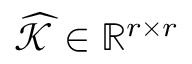
\widehat { \mathcal { K } } \in \mathbb { R } ^ { r \times r }